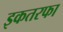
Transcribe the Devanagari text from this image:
इकतरफा